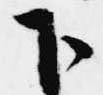
下